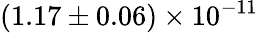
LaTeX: (1.17\pm 0.06)\times 10^{-11}